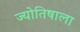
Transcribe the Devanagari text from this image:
ज्योतिषाला